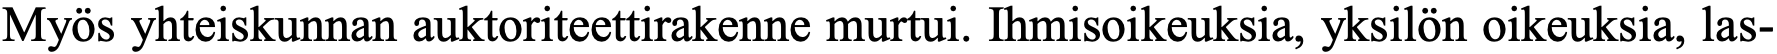
Myös yhteiskunnan auktoriteettirakenne murtui. Ihmisoikeuksia, yksilön oikeuksia, las-